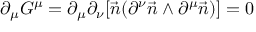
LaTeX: \partial _ { \mu } G ^ { \mu } = \partial _ { \mu } \partial _ { \nu } [ \vec { n } ( \partial ^ { \nu } \vec { n } \wedge \partial ^ { \mu } \vec { n } ) ] = 0